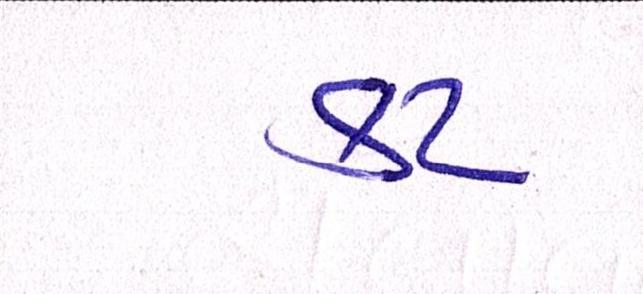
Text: કટ